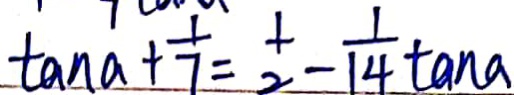
\tan a + \frac { 1 } { 7 } = \frac { 1 } { 2 } - \frac { 1 } { 1 4 } \tan a